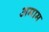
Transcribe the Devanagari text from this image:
अमाम